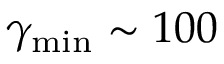
\gamma _ { \mathrm { m i n } } \sim 1 0 0